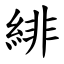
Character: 緋